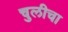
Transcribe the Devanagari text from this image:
चुलीचा